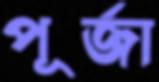
পূর্জা